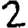
Digit: 2